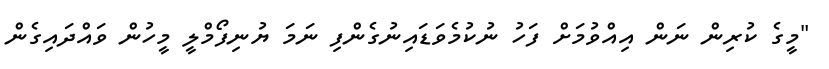
"މީގެ ކުރިން ނަން އިއްވުމަށް ފަހު ނުކުމެވަޑައިނުގެންފި ނަމަ ޔުނިފޯމްލީ މީހުން ވައްދައިގެން